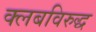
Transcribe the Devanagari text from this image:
क्लबविरुद्ध